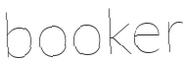
booker